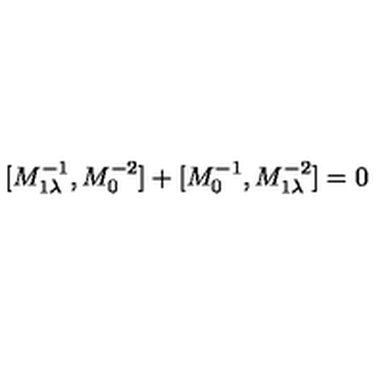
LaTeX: [ M _ { 1 \lambda } ^ { - 1 } , M _ { 0 } ^ { - 2 } ] + [ M _ { 0 } ^ { - 1 } , M _ { 1 \lambda } ^ { - 2 } ] = 0